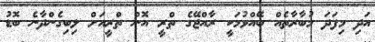
އަދި މިފަދަ މުބާރާތެއް ބޭއްވުމަކީ ރާއްޖޭގެ ތްރީ އޮން ތްރީއަށް ލިބިގެންދާނެ ބޮޑު